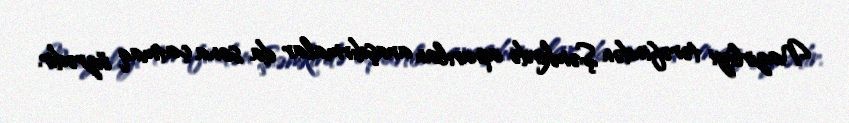
Nazirliyi tərəfindən Şəmkirdə aparılan araşdırmalar da sona çatmaq üzrədir.